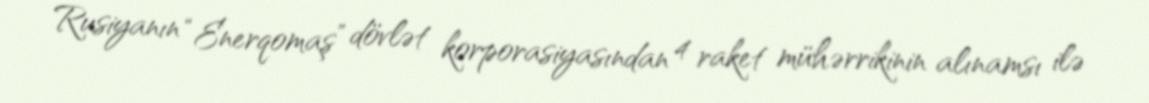
Rusiyanın “Enerqomaş” dövlət korporasiyasından 4 raket mühərrikinin alınamsı ilə